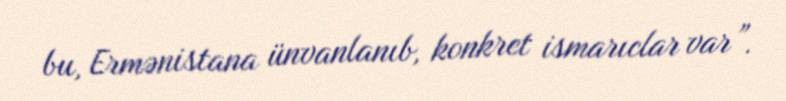
bu, Ermənistana ünvanlanıb, konkret ismarıclar var”.